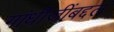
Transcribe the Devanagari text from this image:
गांधीजींबद्दल